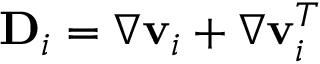
{ \bf D } _ { i } = \nabla { \bf v } _ { i } + \nabla { \bf v } _ { i } ^ { T }